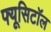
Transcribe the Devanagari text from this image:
फ्यूसिटॉल